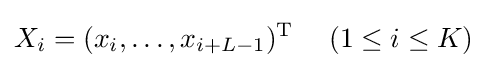
X_{i}=(x_{i},\ldots ,x_{i+L-1})^{\mathrm {T} }\;\quad (1\leq i\leq K)